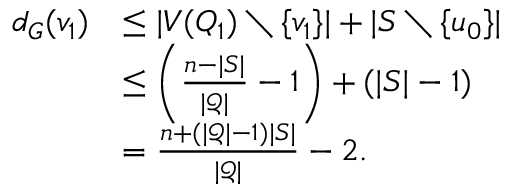
\begin{array} { r l } { d _ { G } ( v _ { 1 } ) } & { \leq | V ( Q _ { 1 } ) \setminus \{ v _ { 1 } \} | + | S \setminus \{ u _ { 0 } \} | } \\ & { \leq \left( \frac { n - | S | } { | { \mathcal { Q } } | } - 1 \right) + ( | S | - 1 ) } \\ & { = \frac { n + ( | { \mathcal { Q } } | - 1 ) | S | } { | { \mathcal { Q } } | } - 2 . } \end{array}